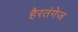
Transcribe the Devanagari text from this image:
हैरतंगेज